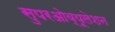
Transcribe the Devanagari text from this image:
सुपरओव्यूलेशन